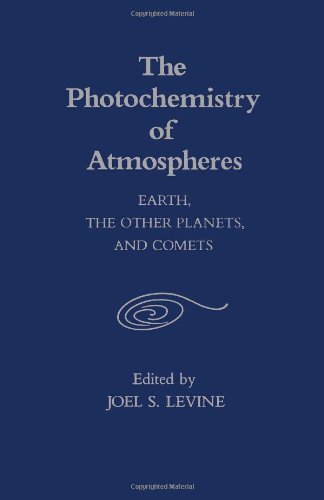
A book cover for The Photochemistry of Atmospheres: Earth, the Other Planets, and Comets; Science & Math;